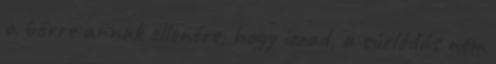
a bőrre annak ellenére, hogy izzad, a súrlódás nem